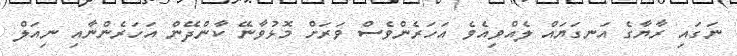
ނަގައި ރާޔާގެ އަނގަޔައް ލެއްވިއެވެ އަހަރެންވެސް ވަރަށް މޮޅުވާނޭ ކާންދޭން އަހަރެންނާއި ނިއަލް